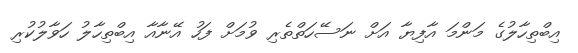
އިބްތިހާލުގެ މަންމަ އާފިޔާ އަށް ނަސޭހަތްތެރި ވުމަށް ފަހު އޭނާއާ އިބްތިހާލު ހަވާލުކުރި